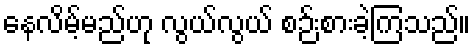
နေလိမ့်မည်ဟု လွယ်လွယ် စဉ်းစားခဲ့ကြသည်။